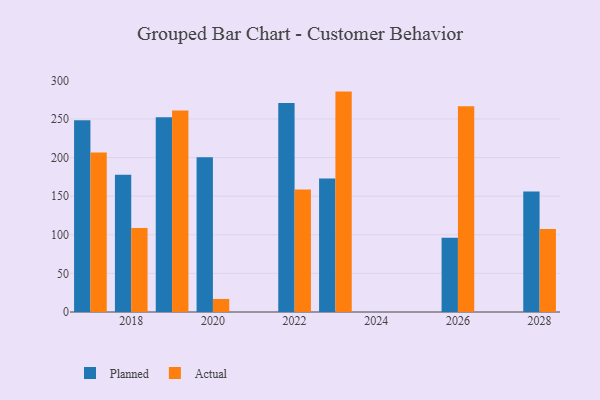
{"axis": {"x": "Year", "y": "Market Share (%)"}, "legend": ["Actual", "Planned"], "data": [{"x": "2020", "y": 200.4, "type": "Planned"}, {"x": "2020", "y": 16.9, "type": "Actual"}, {"x": "2023", "y": 172.9, "type": "Planned"}, {"x": "2023", "y": 285.4, "type": "Actual"}, {"x": "2022", "y": 270.6, "type": "Planned"}, {"x": "2022", "y": 158.7, "type": "Actual"}, {"x": "2017", "y": 248.4, "type": "Planned"}, {"x": "2017", "y": 206.7, "type": "Actual"}, {"x": "2028", "y": 155.9, "type": "Planned"}, {"x": "2028", "y": 107.6, "type": "Actual"}, {"x": "2026", "y": 96.3, "type": "Planned"}, {"x": "2026", "y": 266.5, "type": "Actual"}, {"x": "2018", "y": 177.8, "type": "Planned"}, {"x": "2018", "y": 108.8, "type": "Actual"}, {"x": "2019", "y": 252.3, "type": "Planned"}, {"x": "2019", "y": 260.8, "type": "Actual"}]}